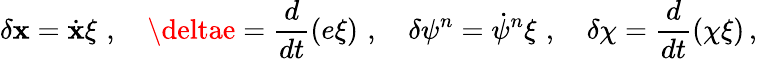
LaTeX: \delta\mathbf{x}=\dot{{\mathbf{x}}}\xi\, \, ,\, \, \, \, \, \, \deltae=\frac{{d}}{{dt}}(e\xi)\, \, ,\, \, \, \, \, \, \delta\psi^{n}=\dot{{\psi}}^{n}\xi\, \, ,\, \, \, \, \, \, \delta\chi=\frac{{d}}{{dt}}(\chi\xi)\, ,